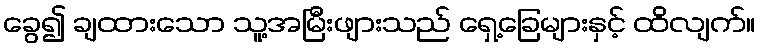
ခွေ၍ ချထားသော သူ့အမြီးဖျားသည် ရှေ့ခြေများနှင့် ထိလျက်။